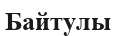
Байтулы